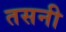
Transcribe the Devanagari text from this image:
तसनी